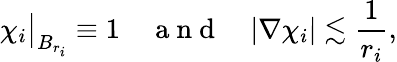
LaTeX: \chi_{i}\big|_{B_{r_{i}}}\equiv 1\quad\mathrm{~a~n~d~}\quad|\nabla\chi_{i}|\lesssim\frac{1}{r_{i}},